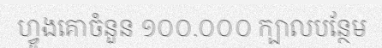
ហ្វូងគោចំនួន ១០០.០០០ ក្បាលបន្ថែម